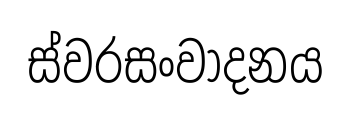
ස්වරසංවාදනය